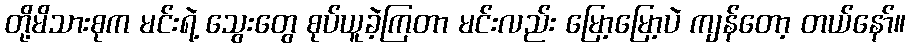
တို့မိသားစုက မင်းရဲ့ သွေးတွေ စုပ်ယူခဲ့ကြတာ မင်းလည်း မြော့မြော့ပဲ ကျန်တော့ တယ်နော်။